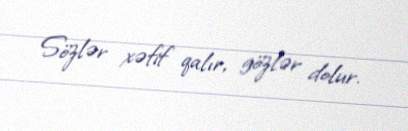
Sözlər xəfif qalır, gözlər dolur.